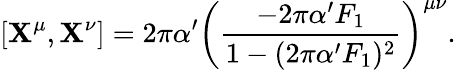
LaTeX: \left[\mathbf{X}^{\mu},\mathbf{X}^{\nu}\right]=2\pi\alpha^{\prime}\left(\frac{{-2\pi\alpha^{\prime}F_{1}}}{{1-(2\pi\alpha^{\prime}F_{1})^{2}}}\right)^{\mu\nu}.